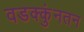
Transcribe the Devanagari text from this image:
वडक्कुंनतन